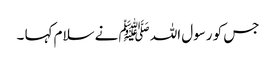
جس کو رسول اللہ ﷺ نے سلام کہا ۔